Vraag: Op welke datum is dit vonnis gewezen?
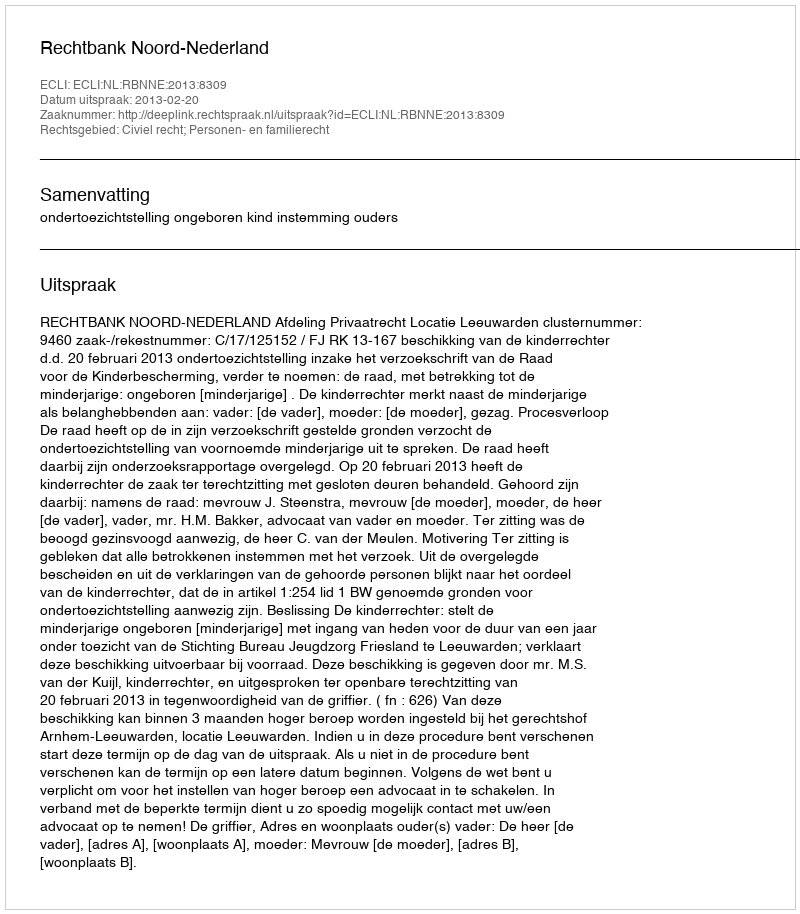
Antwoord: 2013-02-20